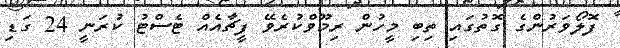
ފޮލޯވަރުންގެ ގޮތުގައި ތިބި މީހުން ރިމޫވްްކުރެވޭ ފީޗާއެއް ޓެސްޓު ކުރަނީ 24 ގަޑި